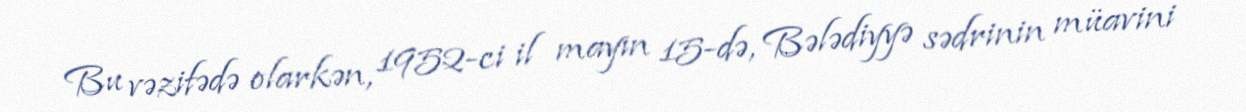
Bu vəzifədə olarkən, 1952-ci il mayın 15-də, Bələdiyyə sədrinin müavini